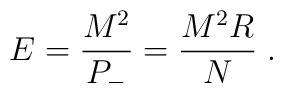
E = \frac{M^2}{P_-} = \frac{M^2 R}{N} \; .